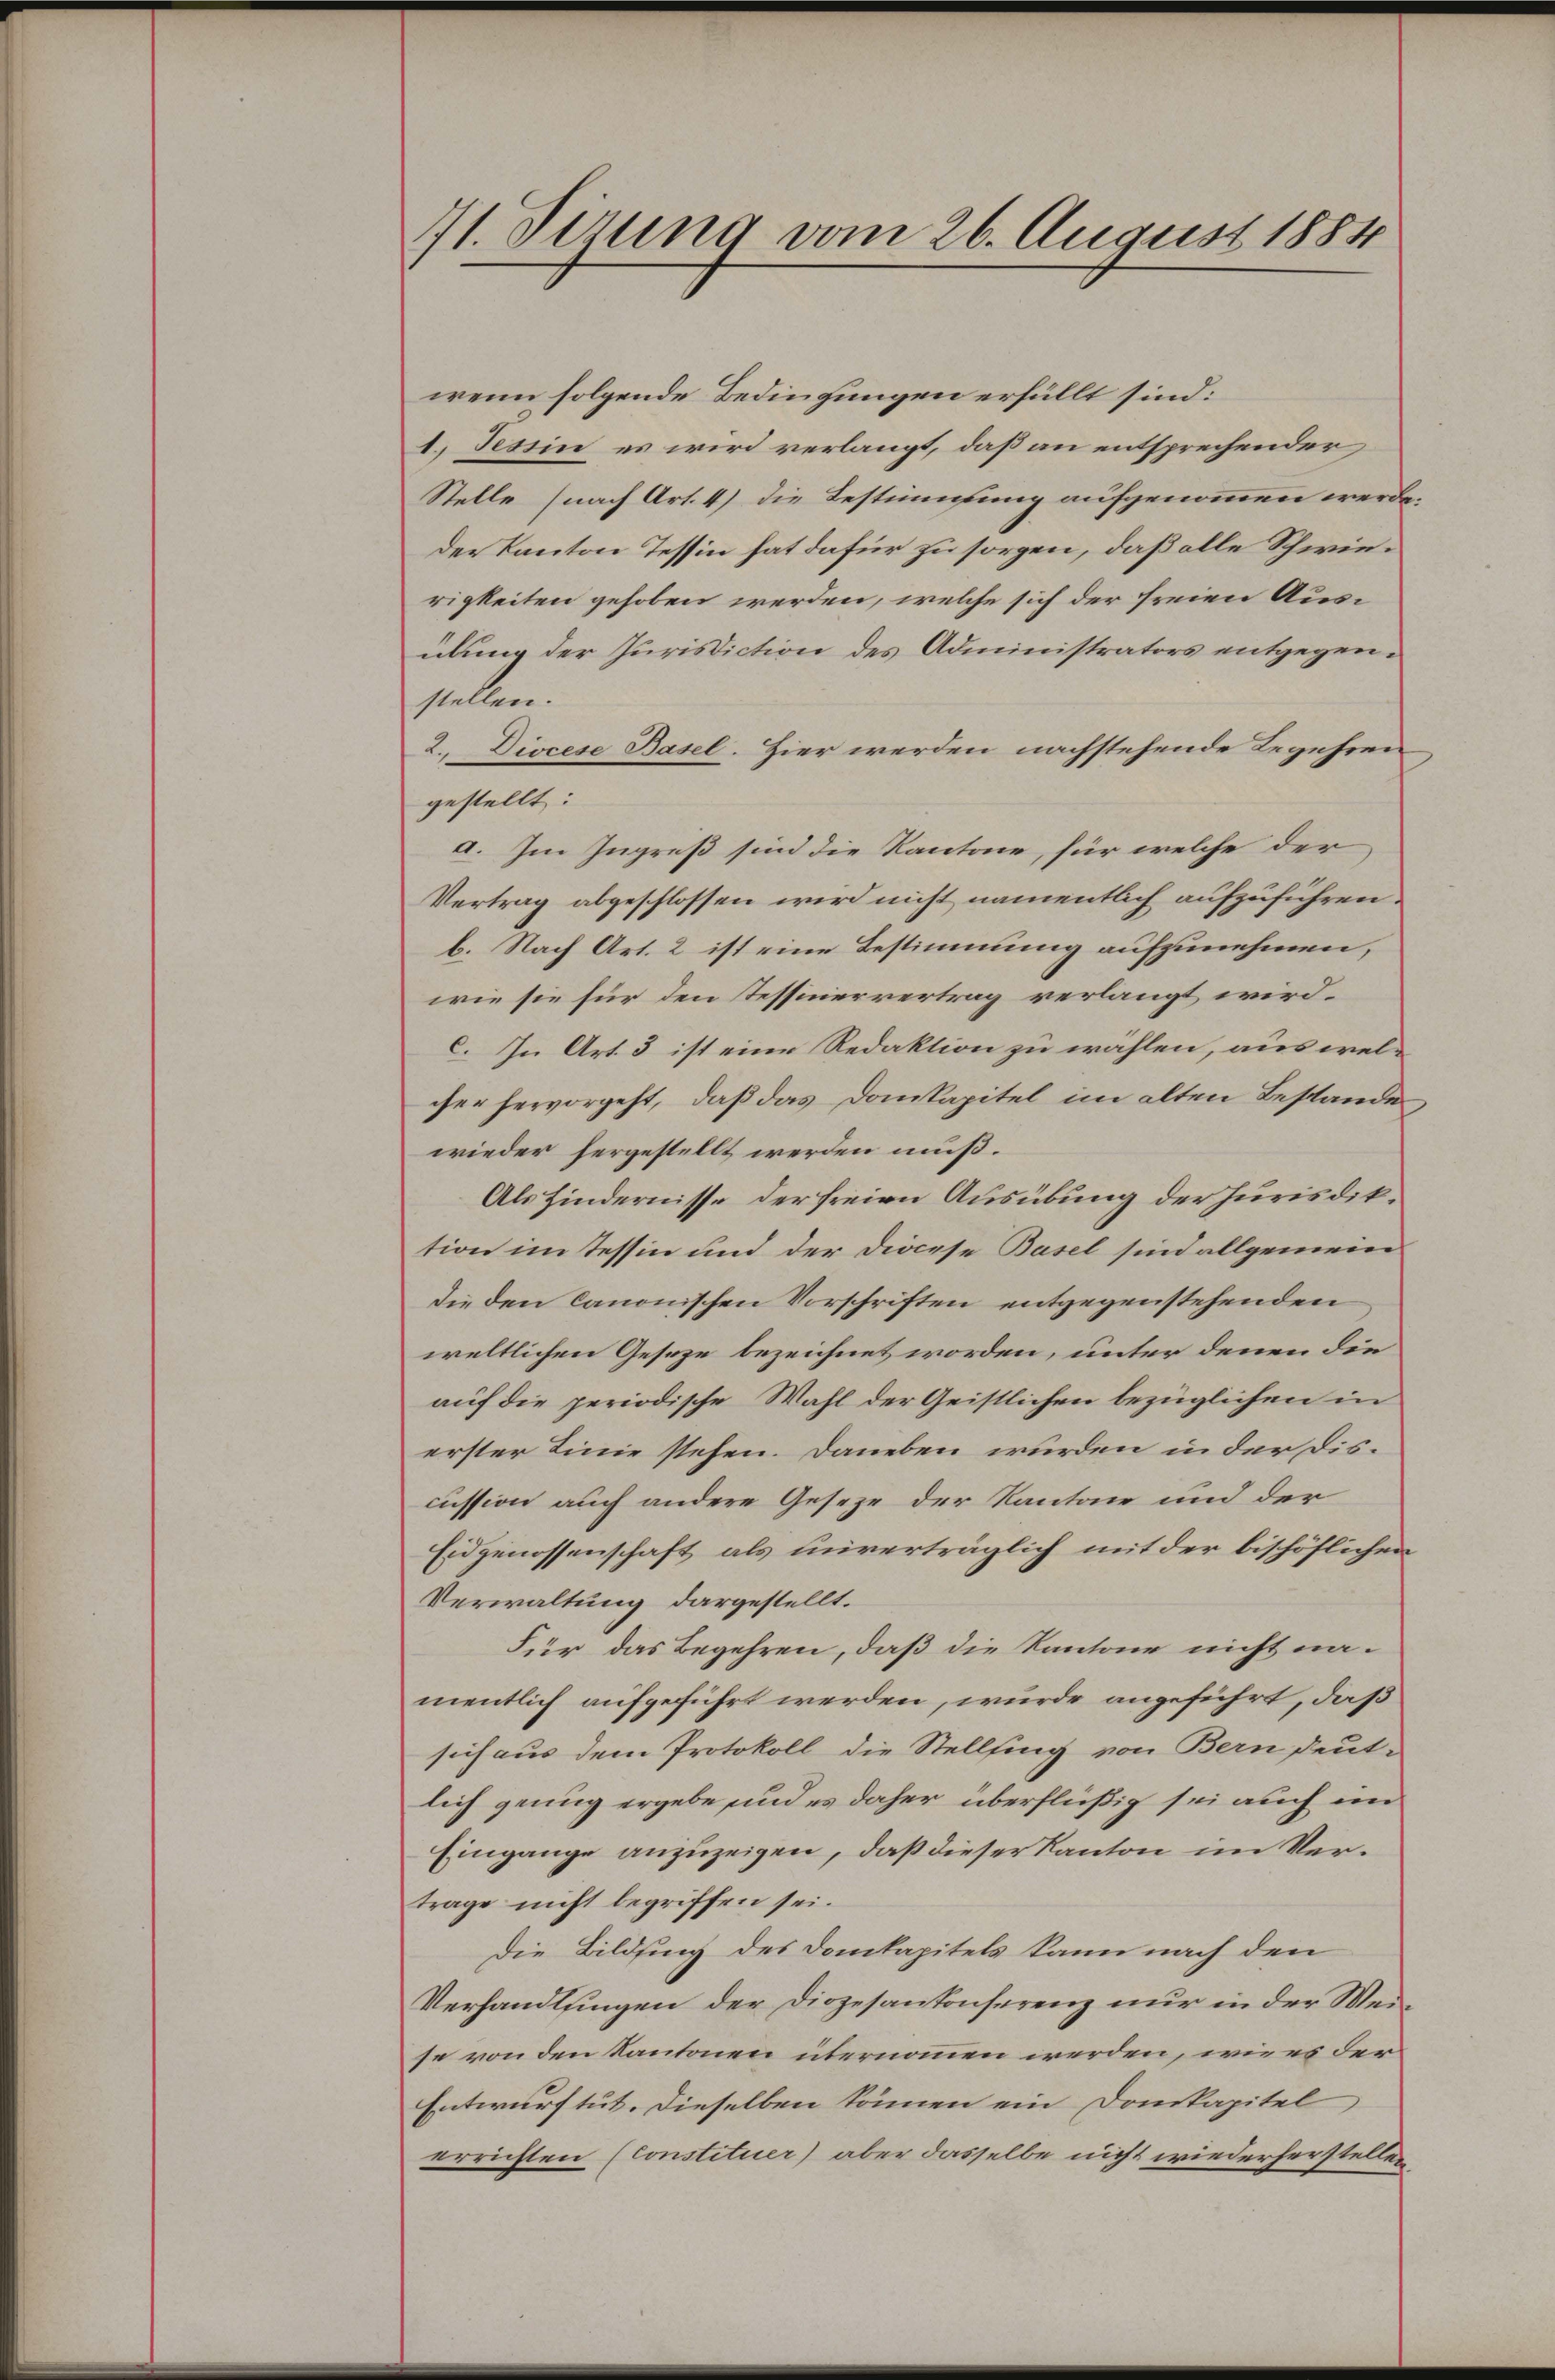
71. Sirung vom 26. August 1884

wenn folgende Bedingungen erfüllt sind:
1. Tessin es wird verlangt, daß an entsprechender
Stelle (nach Art. 4) die Bestimmung aufgenommen werde.
der Kanton Tessin hat dafür zu sorgen, daß alle Schwierigkeiten gehoben werden, welche sich der freien Ausübung der Jurisdiction des Administrators entgegenstellen.
2. Diocese Basel. Hier werden nachstehende Begehren
gestellt:
a. Im Ingreß sind die Kantone, für welche der
Vertrag abgeschlossen wird nicht namentlich aufzuführen.
b. Nach Art. 2 ist eine Bestimmung aufzunehmen,
wie sie für den Tessinervertrag verlangt wird.
c. In Art. 3 ist eine Redaktion zu wählen, aus welcher hervorgeht, daß das Domkapitel im alten Bestande,
wieder hergestellt werden muß.
Als Hindernisse der freien Ausübung der Jurisdiktion im Tessin und der Diöcese Basel sind allgemein
die den Canonischen Vorschriften entgegenstehenden
weltlichen Geseze bezeichnet worden, unter denen die
auf die periodische Wahl der Geistlichen bezüglichen in
erster Linie stehen. Daneben wurden in der Discussion auch andere Gesetze der Kantone und der
Eidgenossenschaft als unverträglich mit der bischöflichen
Verwaltung dargestellt.
Für das Begehren, daß die Kantone nicht namentlich aufgeführt werden, wurde angeführt, daß
sich aus dem Protokoll die Stellfing von Bern deut-
lich genug ergebe und es daher überflüßig sei auch im
Eingange anzuzeigen, daß dieser Kanton im Vertrage nicht begriffen sei.
Die Bildsinng des Dankapitels kann nach den
Verhandlungen der Diözesantonserenz nur in der Weise von den Kantonen übernommen werden, wie es der
Entwurftut. Dieselben können ein Domkapitel
errichten (Constituer) aber dasselbe nicht wiederherstellen